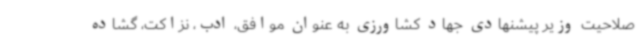
صلاحیت وزیر پیشنهادی جهاد کشاورزی به عنوان موافق، ادب، نزاکت، گشاده